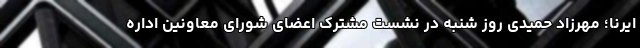
ایرنا؛ مهرزاد حمیدی روز شنبه در نشست مشترک اعضای شورای معاونین اداره